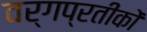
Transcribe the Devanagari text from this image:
वर्गप्रतीकों